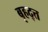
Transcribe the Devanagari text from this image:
बृहद्त्त